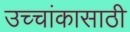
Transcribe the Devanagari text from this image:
उच्चांकासाठी